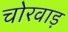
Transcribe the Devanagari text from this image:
चोरवाड़